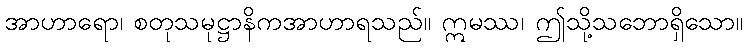
အာဟာရော၊ စတုသမုဋ္ဌာနိကအာဟာရသည်။ ဣမဿ၊ ဤသို့သဘောရှိသော။